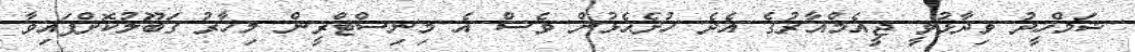
ޝަމްހީދު ވިދާޅުވީ ޖީއެމްއާރުގެ އެދެ ހުށެޙެޅުން ވެސް އެ މިނިސްޓްރީން މިހާރު ގަބޫލުކޮށްފައިވާ